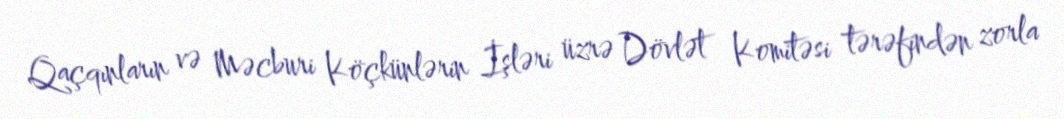
Qaçqınların və Məcburi Köçkünlərin İşləri üzrə Dövlət Komitəsi tərəfindən zorla